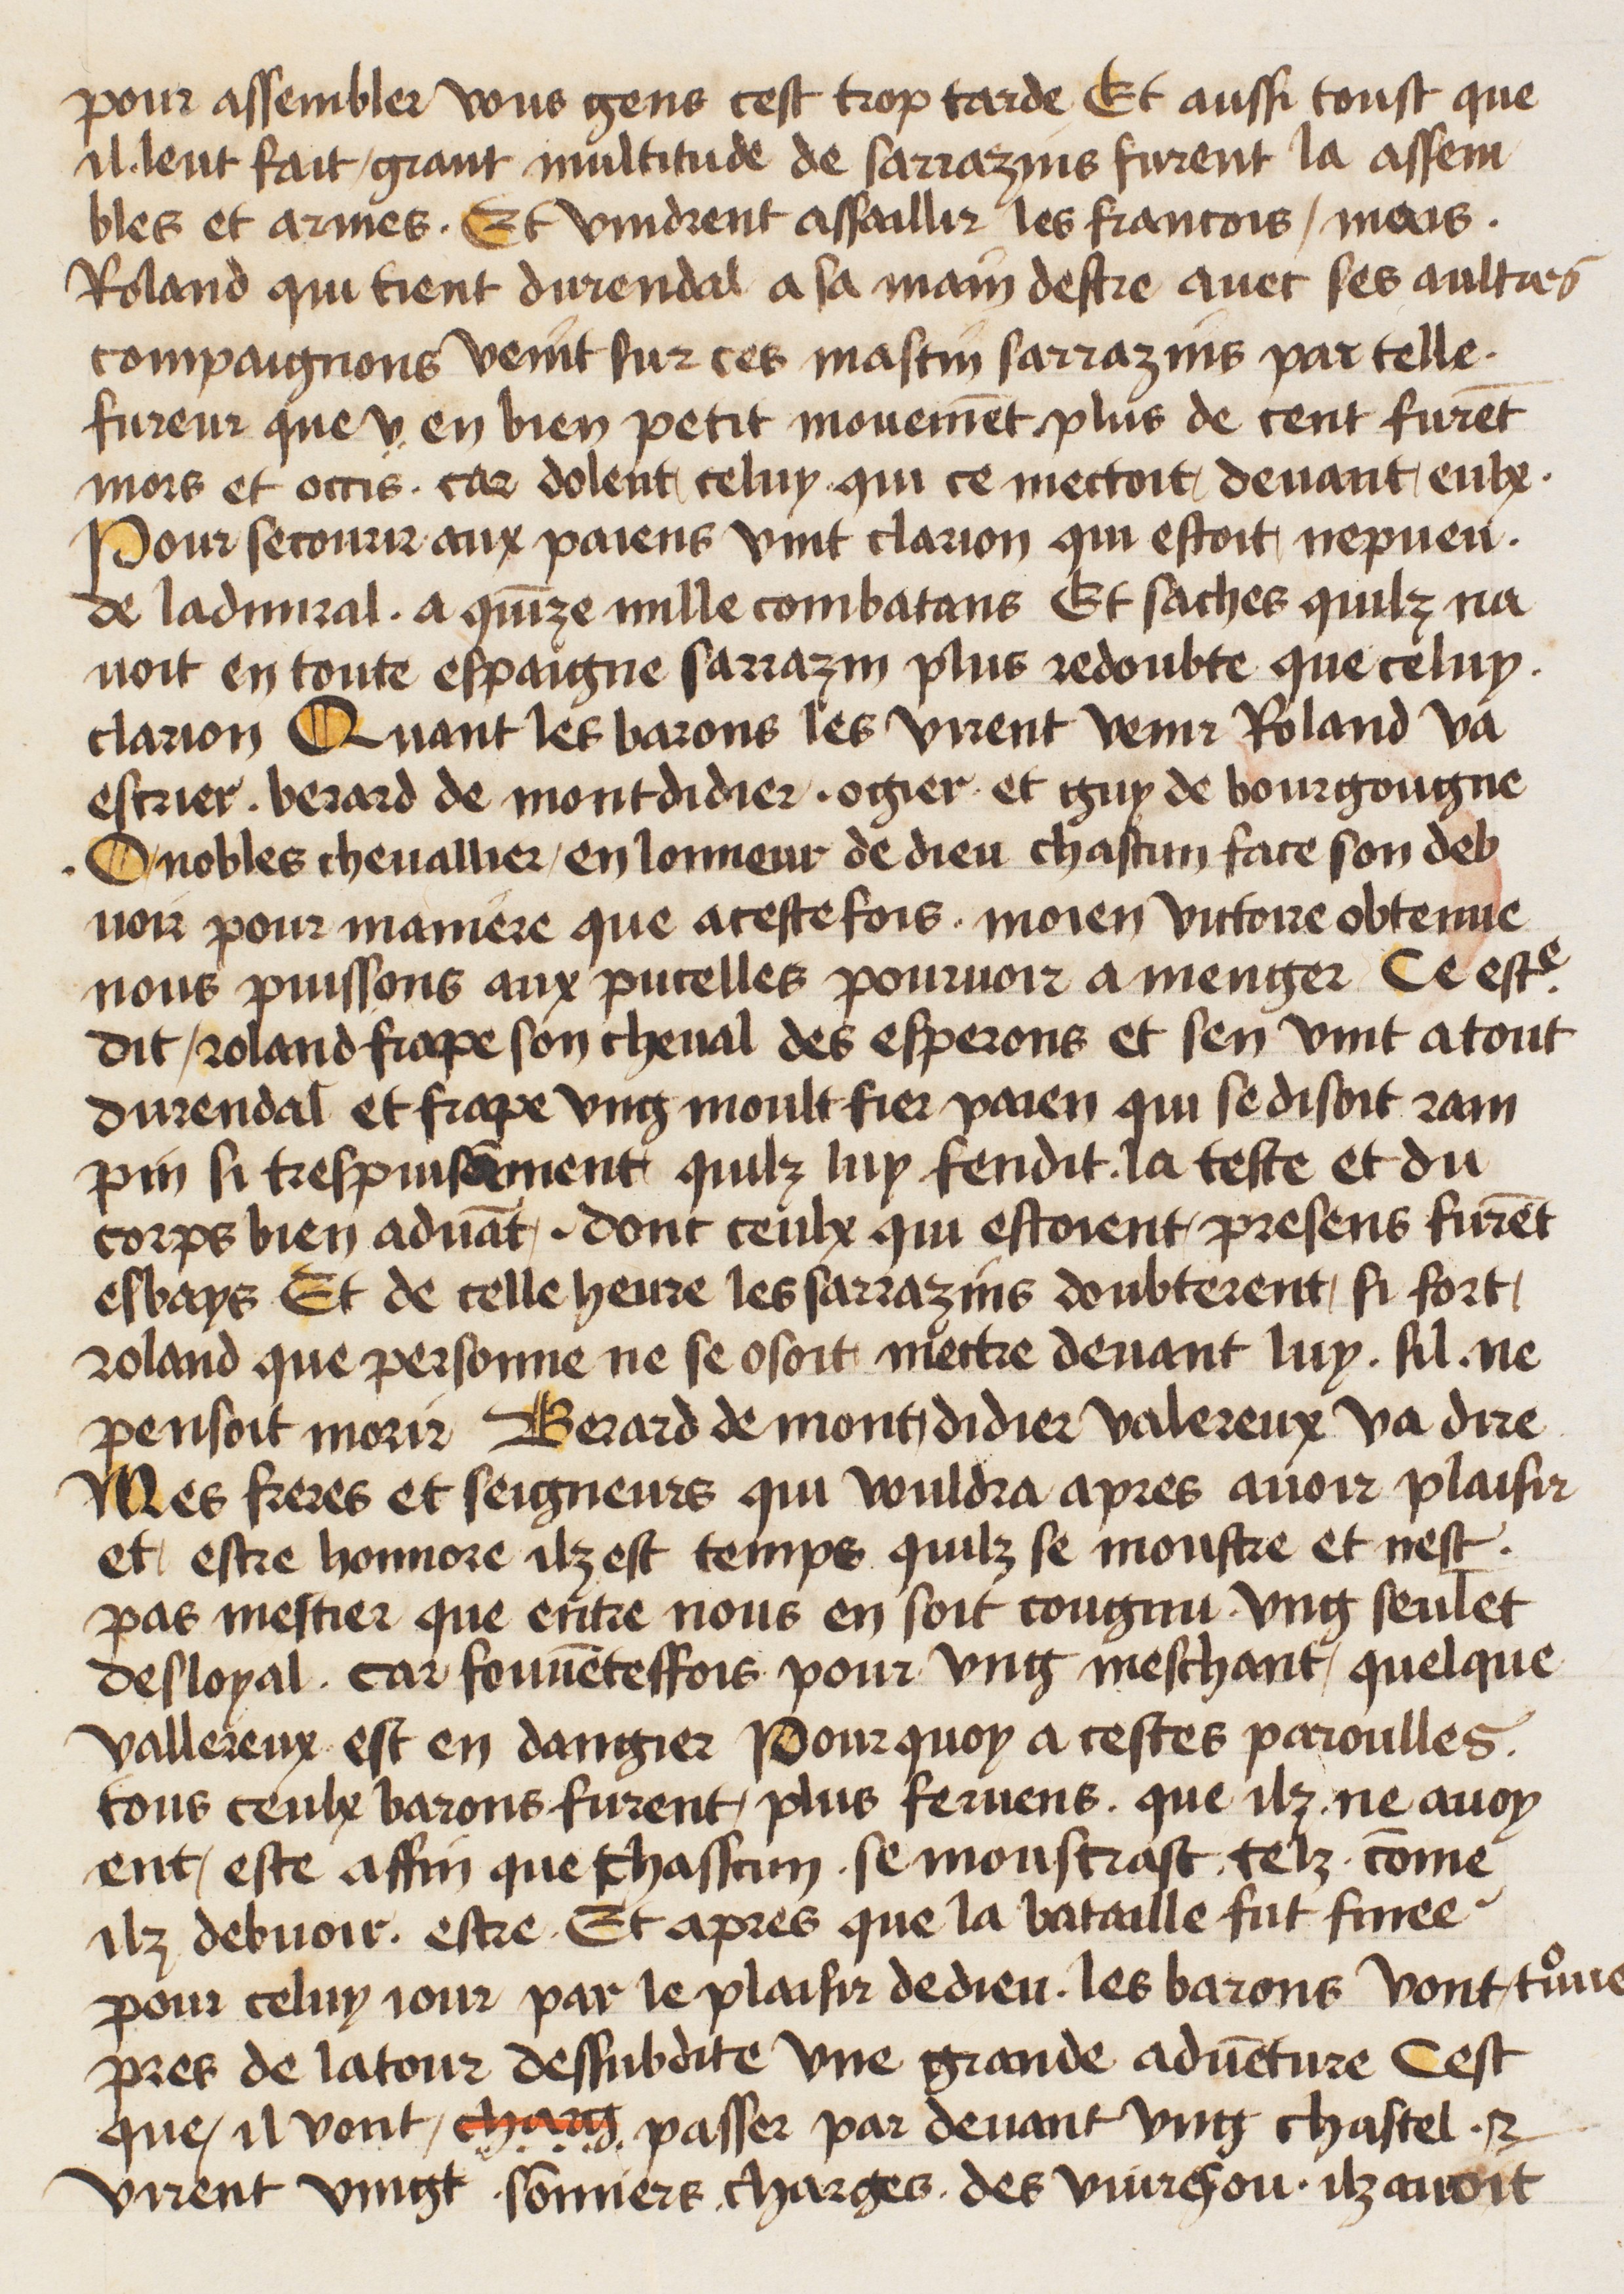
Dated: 1400–1499